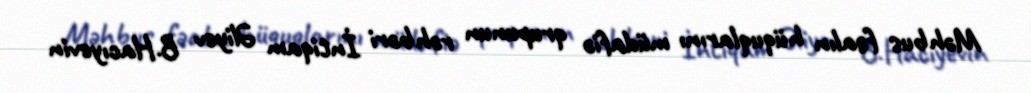
Məhbus fəalın hüquqlarını müdafiə qrupunun rəhbəri İntiqam Əliyev B.Hacıyevin